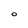
Character: o